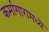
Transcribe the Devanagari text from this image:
कर्मागारामध्ये